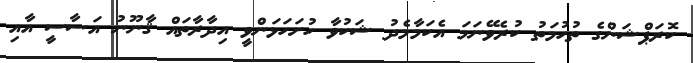
ކޮރަޕްޝަންގެ ތުހުމަތު ކުރެވޭނަމަ އެކަމާމެދު ޝަކުވާ ހުށަހަޅަންވީ އިދާރާތައް ޤާނޫނު އަސާސީ އާއި